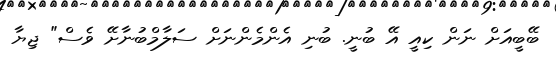
ބޭބީއަށް ނަން ކިއީ އޭ ބުނީ. ބުނި އެންމެންނަށް ސަލާމްބުނާށޭ ވެސް" ޖިޔާ